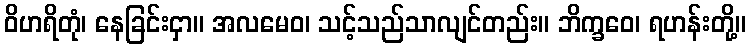
ဝိဟရိတုံ၊ နေခြင်းငှာ။ အလမေဝ၊ သင့်သည်သာလျင်တည်း။ ဘိက္ခဝေ၊ ရဟန်းတို့။